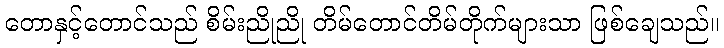
တောနှင့်တောင်သည် စိမ်းညိုညို တိမ်တောင်တိမ်တိုက်များသာ ဖြစ်ချေသည်။